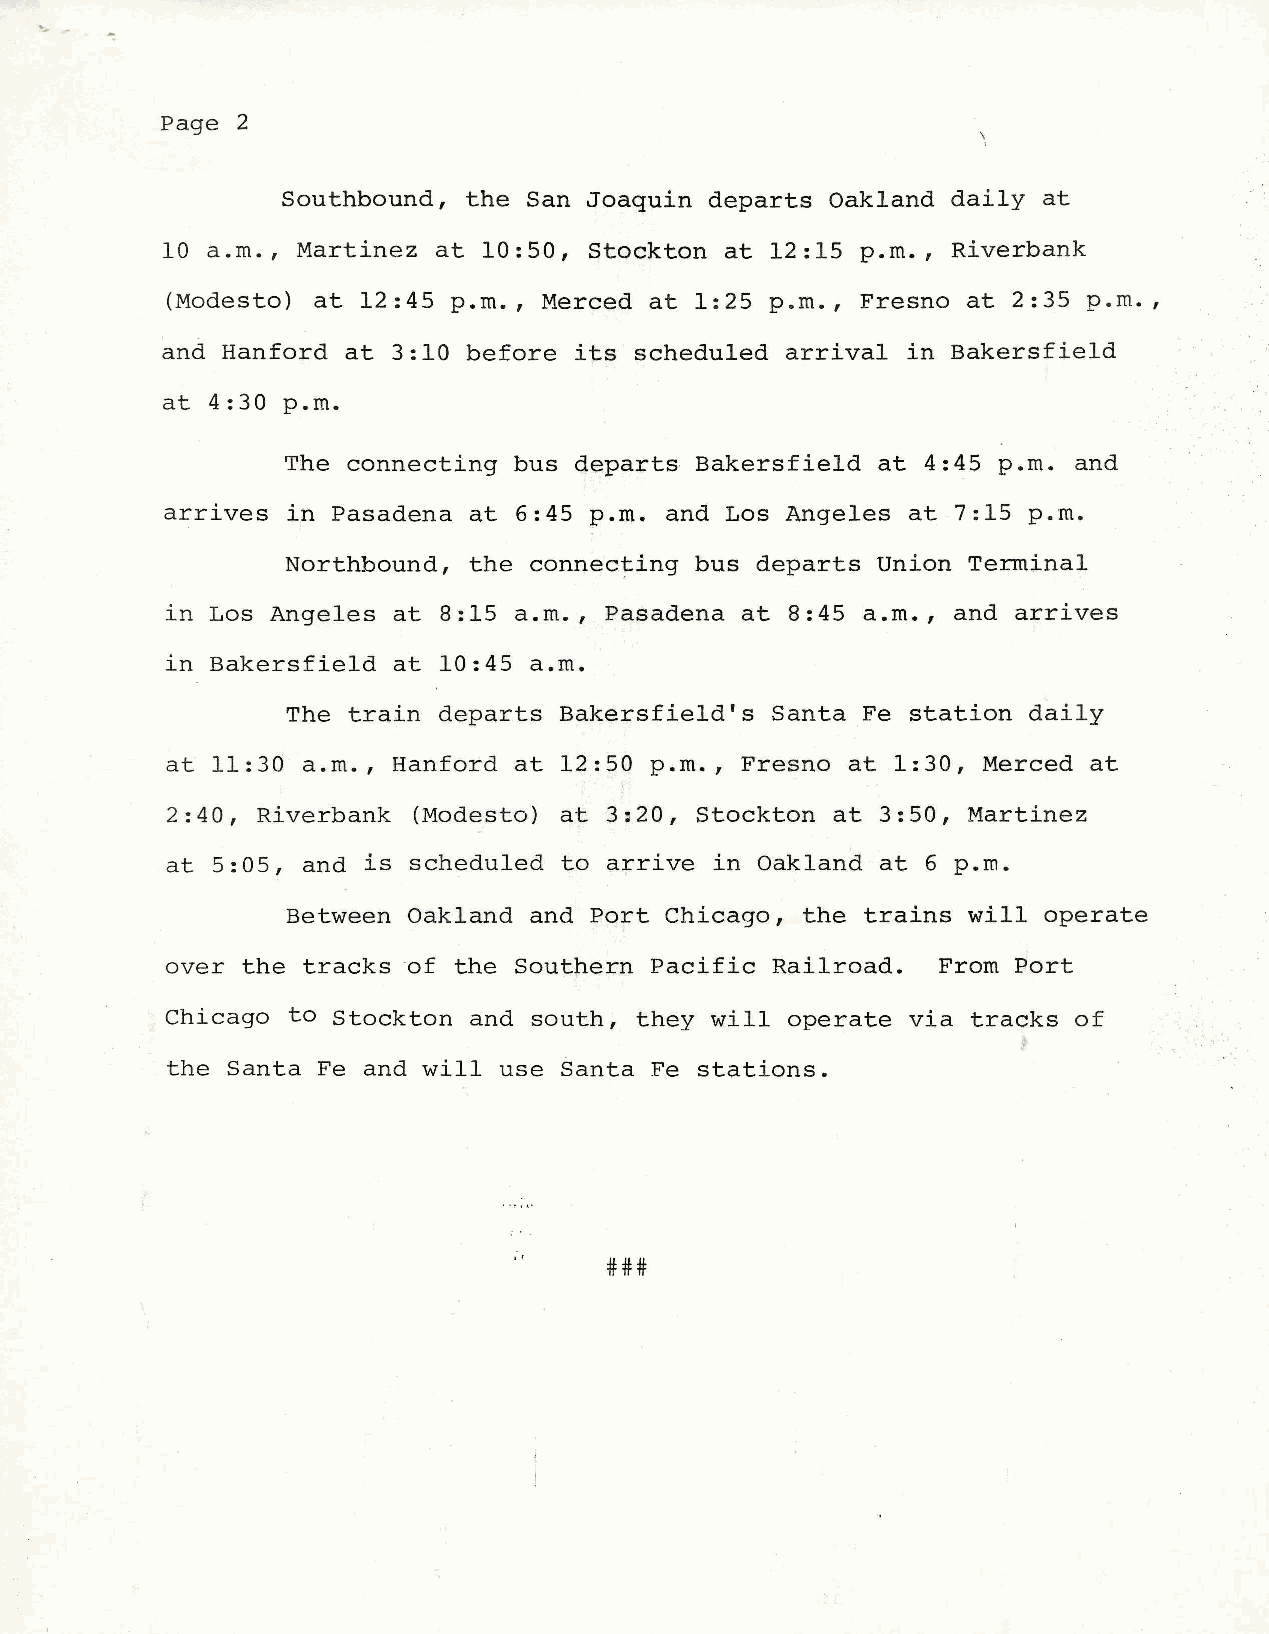
Page 2
 Southbound, the San Joaquin departs Oak1and dai 1y at
 10 a.rn., Martinez at 10:50, Stockton at 12:15 p.rn., Riverbank
 (Modesto) at 12:45 p.rn., Merced at 1:25 p .rn., Fresno at 2:35 p.rn.,
 and Hanford at 3:10 before its schedu1ed arrival in Bakersfi e1d
 at 4:30 p.rn.
 The connecting bus departs Bakersfie1d at 4:45 p.rn. and
 arrives in Pasadena at 6:45 p.rn. and Los Ange1es at 7:15 p.rn.
 Northbound, the connec~ing bus departs Union Terminal
 i n Los Ange1es at 8:15 a.rn., Pasadena at 8:45 a.rn., and arrives
 ln Bakersfie1d at 10:45 a.rn.
 The train departs Bakersfie1d's Santa Fe station dai1y
 at 11:30 a.rn., Hanford at 12:50 p.rn., Fresno at 1:30, Merced at
 2 :40, Riverbank (Modesto) at 3=20, Stockton at 3:50, Martinez
 at 5:05, and is schedu1ed to arrive in Oak1and at 6 p.rn.
 Between Oak1and and Port Chicago, the trains will operate
 over the tracksof  the Southern Pacific Rai1road.  Frorn Port
 Chicago to Stockton and south, they will operate via tracks of
 the Santa Fe and will use Santa Fe stations.
 ###